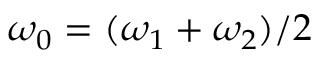
\omega _ { 0 } = ( \omega _ { 1 } + \omega _ { 2 } ) / 2